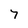
Character: 7